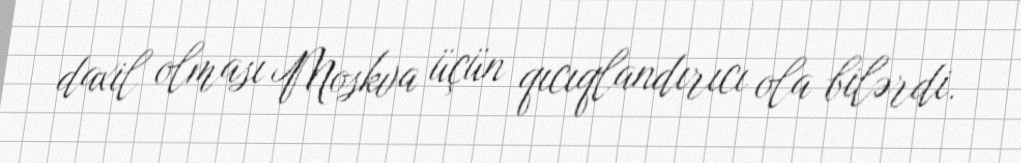
daxil olması Moskva üçün qıcıqlandırıcı ola bilərdi.